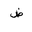
Letter: _dad